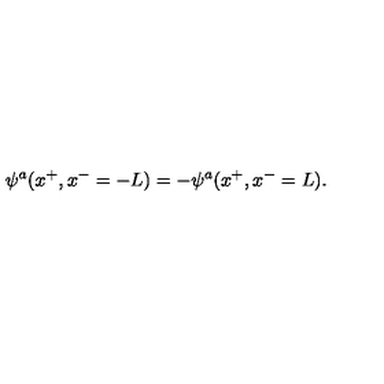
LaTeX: \psi ^ { a } ( x ^ { + } , x ^ { - } = - L ) = - \psi ^ { a } ( x ^ { + } , x ^ { - } = L ) .